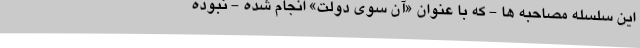
این سلسله مصاحبه ها - که با عنوان «آن سوی دولت» انجام شده - نبوده